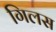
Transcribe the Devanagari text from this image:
गिलस